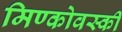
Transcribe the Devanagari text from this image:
मिण्कोवस्की